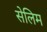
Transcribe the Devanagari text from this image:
सेलिम